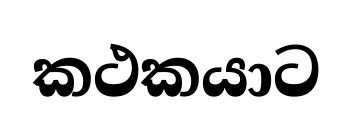
කථකයාට